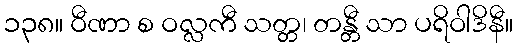
၁၃၈။ ဝီဏာ စ ဝလ္လကီ သတ္တ၊ တန္တီ သာ ပရိဝါဒိနီ။